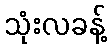
သုံးလခန့်